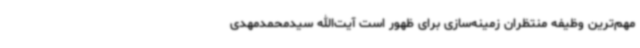
مهم‌ترین وظیفه منتظران زمینه‌سازی برای ظهور است آیت‌الله سیدمحمدمهدی